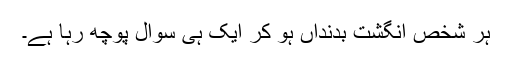
ہر شخص انگشت بدنداں ہو کر ایک ہی سوال پوچھ رہا ہے۔